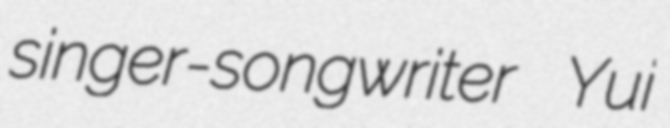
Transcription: singer-songwriter Yui